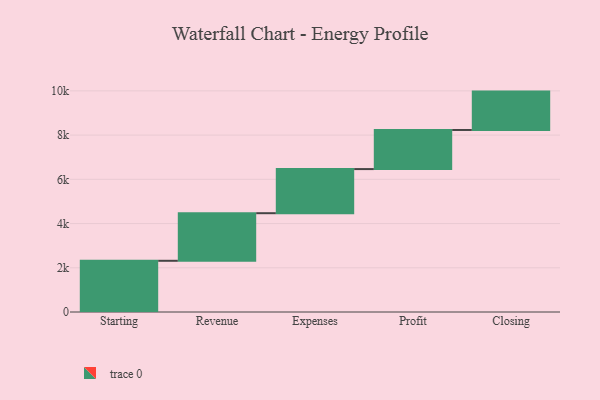
{"axis": {"x": "Step", "y": "Value"}, "legend": [""], "data": [{"x": "Starting", "y": 2316.0, "type": ""}, {"x": "Revenue", "y": 2152.0, "type": ""}, {"x": "Expenses", "y": 1995.0, "type": ""}, {"x": "Profit", "y": 1769.0, "type": ""}, {"x": "Closing", "y": 1735.0, "type": ""}]}